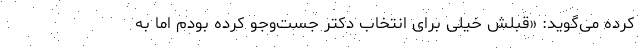
کرده می‌گوید: «قبلش خیلی برای انتخاب دکتر جست‌وجو کرده بودم اما به